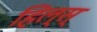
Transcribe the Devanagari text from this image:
हिल्स्